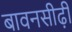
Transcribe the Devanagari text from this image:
बावनसीढ़ी